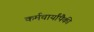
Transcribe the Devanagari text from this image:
कर्मचार्यांपैकी